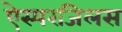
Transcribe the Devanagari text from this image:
ऐस्परजिलस